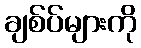
ချစ်ပ်များကို